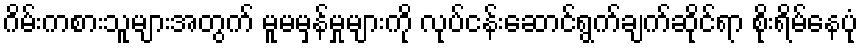
ဂိမ်းကစားသူများအတွက် မူမမှန်မှုများကို လုပ်ငန်းဆောင်ရွက်ချက်ဆိုင်ရာ စိုးရိမ်နေပုံ